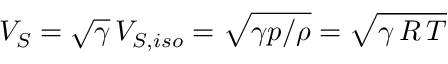
V _ { S } = \sqrt { \gamma } \, V _ { S , i s o } = \sqrt { \gamma p / \rho } = \sqrt { \gamma \, R \, T }